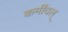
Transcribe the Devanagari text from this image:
कर्मीदल्